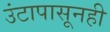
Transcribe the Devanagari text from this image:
उंटापासूनही